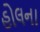
હોલના